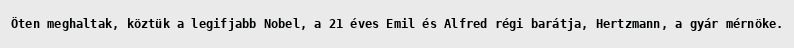
Öten meghaltak, köztük a legifjabb Nobel, a 21 éves Emil és Alfred régi barátja, Hertzmann, a gyár mérnöke.